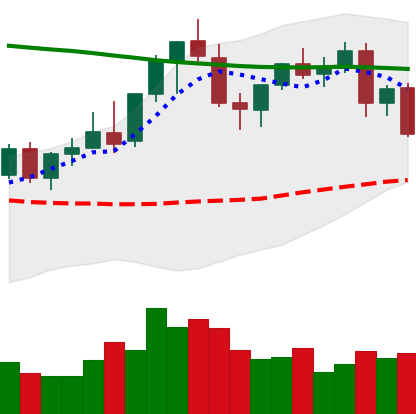
Ticker: EOS-USD
Chart end date: 2021-08-26
Forward return: 6.268%
Label: up_5_7